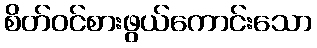
စိတ်ဝင်စားဖွယ်ကောင်းသော